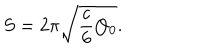
LaTeX: S = 2 \pi \sqrt { \frac { c } { 6 } Q _ { 0 } } .